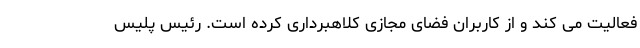
فعالیت می کند و از کاربران فضای مجازی کلاهبرداری کرده است. رئیس پلیس